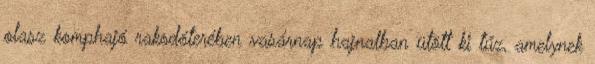
olasz komphajó rakodóterében vasárnap hajnalban ütött ki tűz, amelynek